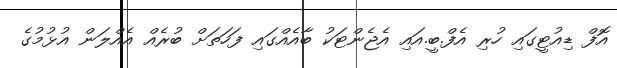
އޮފް ޑިއުޓީގައި ހުރި އެފް.ބީ.އައި އެޖެންޓަކު ބާއެއްގައި ފަހަތަށް ބުރެއް އެއްލަން އުޅުމުގެ